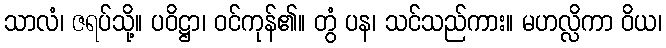
သာလံ၊ ဇရပ်သို့။ ပဝိဋ္ဌာ၊ ဝင်ကုန်၏။ တွံ ပန၊ သင်သည်ကား။ မဟလ္လိကာ ဝိယ၊